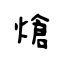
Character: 熗